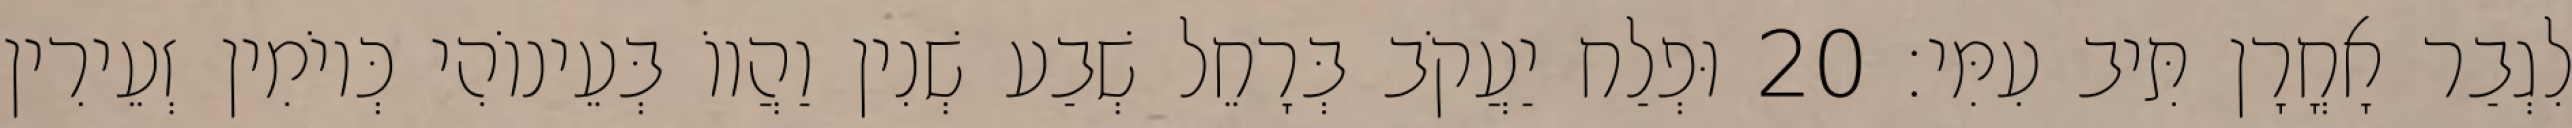
לִגְבַר אָחֳרָן תִּיב עִמִּי׃ 20 וּפְלַח יַעֲקֹב בְּרָחֵל שְׁבַע שְׁנִין וַהֲווֹ בְּעֵינוֹהִי כְּיוֹמִין זְעֵירִין